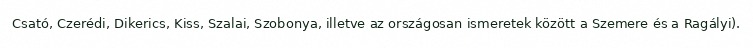
Csató, Czerédi, Dikerics, Kiss, Szalai, Szobonya, illetve az országosan ismeretek között a Szemere és a Ragályi).